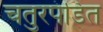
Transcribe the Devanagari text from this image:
चतुरपंडित